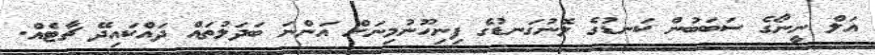
އަލް ނީނޯގެ ސަބަބުން ކަނޑުގެ ލޮނުގަނޑުގެ ފިނިހޫނުމިނަށް އަންނަ ބަދަލުތައް ދައްކައިދޭ ޗާޓެއް.